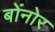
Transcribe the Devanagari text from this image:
बोंनोर